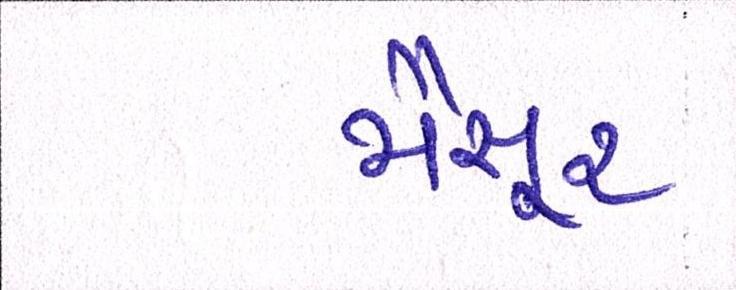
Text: મૈસૂર